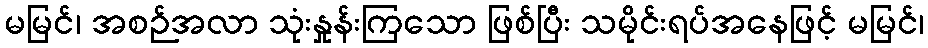
မမြင်၊ အစဉ်အလာ သုံးနှုန်းကြသော ဖြစ်ပြီး သမိုင်းရပ်အနေဖြင့် မမြင်၊